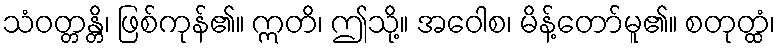
သံဝတ္တန္တိ၊ ဖြစ်ကုန်၏။ ဣတိ၊ ဤသို့။ အဝေါစ၊ မိန့်တော်မူ၏။ စတုတ္ထံ၊